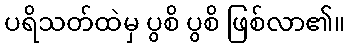
ပရိသတ်ထဲမှ ပွစိ ပွစိ ဖြစ်လာ၏။